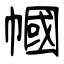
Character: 幗